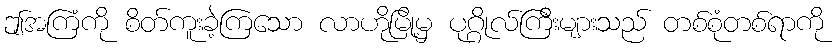
ဤအကြံကို စိတ်ကူးခဲ့ကြသော လာဟိုမြို့မှ ပုဂ္ဂိုလ်ကြီးများသည် တစ်စုံတစ်ရာကို